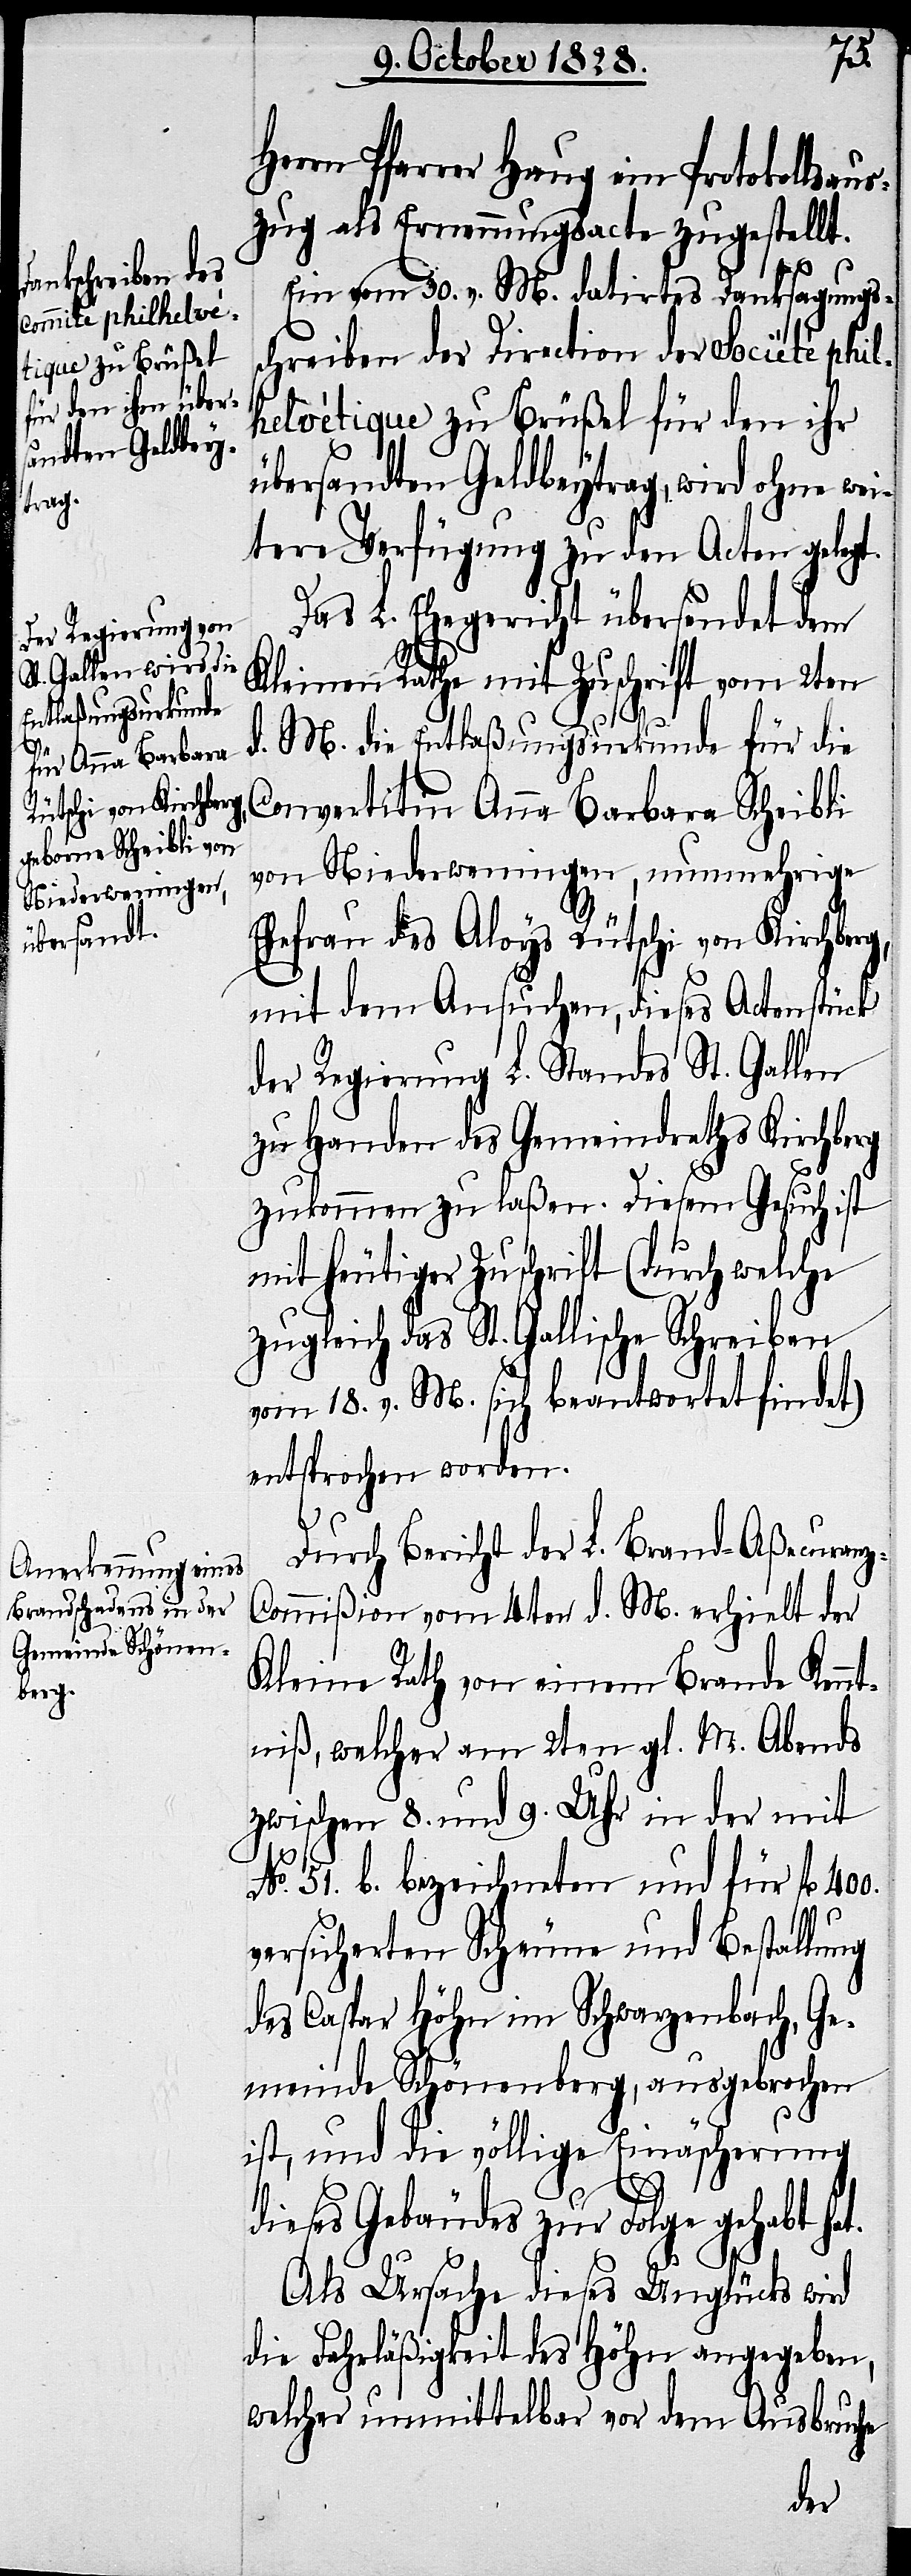
t.

z-C¬
Herrn Pfarrer Haug ein Protokollsau¬
szug als Ernennungsacte zugestellt.
Ein vom 30. v. M. datirtes Danksagungs¬
schreiben der Direction der Société phil¬
helvétique zu Brüßel für den ihr
übersandten Geldbeytrag, wird ohne we¬
itere Verfügung zu den Acten gelegt.
Das L. Ehegericht übersendet dem
Kleinen Rathe mit Zuschrift vom 2ten
d. M. die Entlaßungsurkunde für die
Convertitin Anna Barbara Scheibli
von Niederweningen, nunmehrige
Ehefrau des Aloys Rütschi von Kirchberg,
mit dem Ansuchen, dieses Actenstück
der Regierung L. Standes St. Gallen
zu Handen des Gemeindraths Kirchberg
zukommen zu laßen. Diesem Gesuch ist
mit heutiger Zuschrift (durch welche
zugleich das St. Gallische Schreiben
vom 18. v. M. sich beantwortet findet)
entsprochen worden.
Durch Bericht der L. Brand-Aßecuran¬
ommißion vom 4ten d. M. erhielt der
Kleine Rath von einem Brande Kennt¬
niß, welcher am 2ten gl. M. Abends
zwischen 8. und 9. Uhr in der mit
No. 51. b. bezeichneten und für fl.
versicherten Scheune und Bestallung
des Caspar Höhn im Schwarzenbach, Ge¬
meinde Schönberg, ausgebrochen
ist, und die völlige Einäscherung
dieses Gebäudes zur Folge gehabt ha¬
Als Ursache dieses Unglücks wird
die Fahrläßigkeit des Höhn angegeben,
welcher unmittelbar vor dem Ausbruche